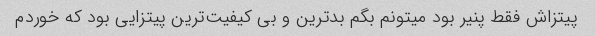
پیتزاش فقط پنیر بود میتونم بگم بدترین و بی کیفیت‌ترین پیتزایی بود که خوردم